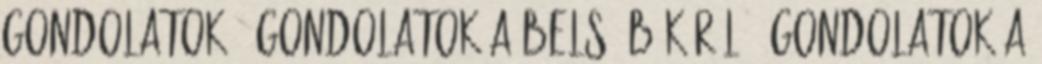
Gondolatok 9 Gondolatok a belső békéről 1 Gondolatok a